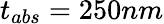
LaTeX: t_{abs}=250nm